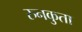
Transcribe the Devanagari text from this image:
रुनकुता